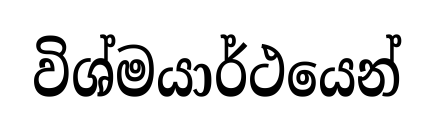
විශ්මයාර්ථයෙන්